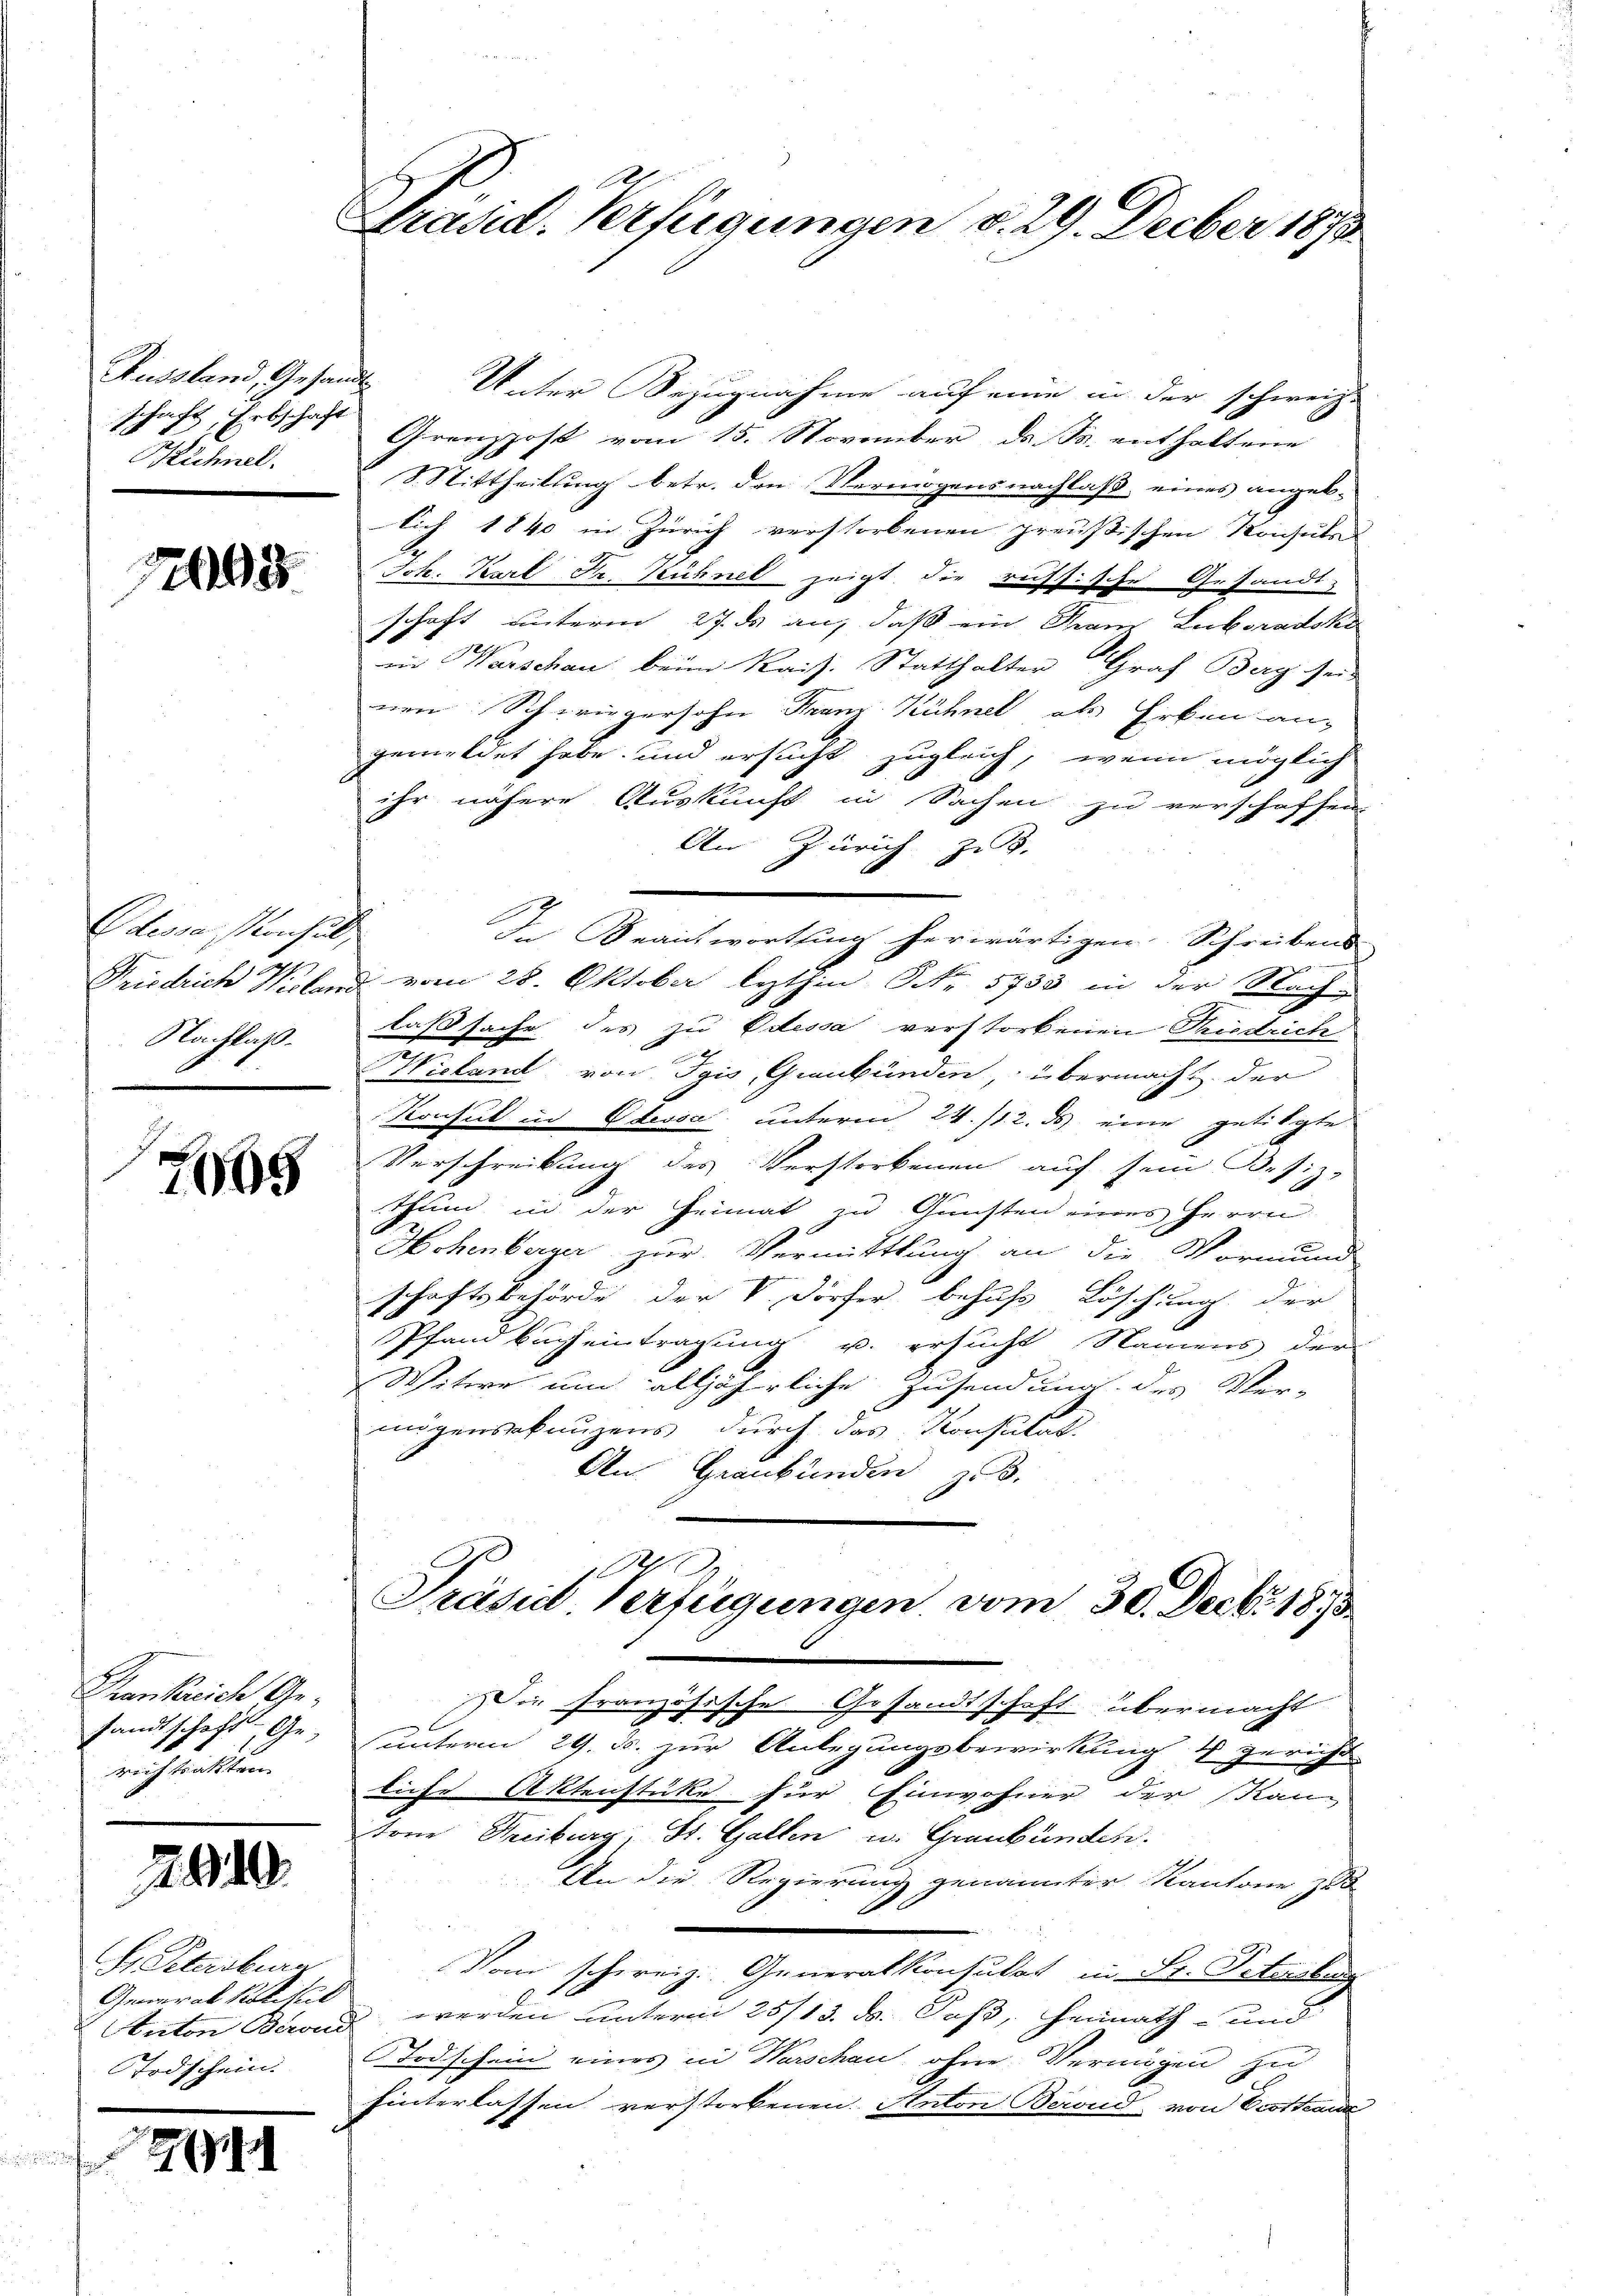
Aussland, Gesandt
schaft, Erbschaft
Rechnel.

93

Odessa Konsul,
2
Friedrich Niclam
Nachlaß.

769

Krankreich Gesandtschaft Ge-
richtsakten

2910.

Hr. Petersbura
General Petitel
Anton Beron
Todschein.

2

Präsid. Verfügungen v. 29. Decber 1890

Unter Bezugnahme auf eine in der schweize
Grenzpost vom 15. November ds R. enthaltene
8. Mittheilung betr. den Vermögensnachlaß eines angeklich 1840 in Zürich verstorbenen preußischen Konsulen
Joh. Karl Fr. Kühnel zeigt die russische Gesandt-
schaft unterm 27. ds an, daß ein Franz Laboradsko
in Warschau beim Kais. Statthalter Graf Berg sei
nen Schwiegersohn Franz Kühnel als Erken an-
gemeldet habe und ersucht zugleich, wenn möglich
ihr nähere Auskunft in Sachen zu verschaffen,
An Zürich zu 3.
¬
In Beantwortung herwärtigen. Schreibens
d. vom 28. Oktober lezthin Nr. 5733 in der Nach-
laßsache des zu Odessa verstorbenen Friedrich
Wieland von Tgis, Graubünden, übermacht der
Konsul in Odessa unterm 24. /12. ds eine getilgte
Verschreibung des Verstorbenen auf sein Besiz-
thum in der Heimat zu Gunsten eines Herrn
Hohenberger zur Vermittlung an die Vormund
schaftsbehörde der V. Dörfer behufs Löschung der
Pfand bacheintragung u. ersucht Namens der
Witwe um alljährliche Zusendung des Ver-
2.
mögensakanzens durch das Konsultat.
An Graubünden z. B.
Präsid Verfügungen vom 30. Decbr. 1893
Die französische Gesandtschaft übermacht
unterm 29. ds. zur Anlegungsbewirkung 4 gericht
Liese Aktenstüke für Einwohner der Kantone Freiburg, St. Gallen u. Graubünden.
An die Regierung genannter Kantone zu
Vom schweiz. Generalkonsulat in Dr. Peterkung
u werden unterm 25/13. ds. Pass, Heimath- und
Todschein eines in Warschau ohne Vermögen zu
hinterlassen verstorbenen. Anton Berond, von Ersthau